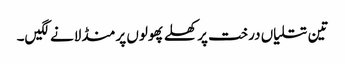
تین تتلیاں درخت پر کھلے پھولوں پر منڈلانے لگیں۔